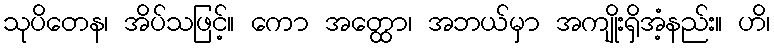
သုပိတေန၊ အိပ်သဖြင့်။ ကော အတ္ထော၊ အဘယ်မှာ အကျိုးရှိအံ့နည်း။ ဟိ၊